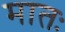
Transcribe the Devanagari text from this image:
मातः